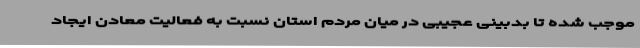
موجب شده تا بدبینی عجیبی در میان مردم استان نسبت به فعالیت معادن ایجاد